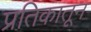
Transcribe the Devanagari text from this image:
प्रतिकातून